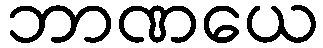
ဘာဏယေ